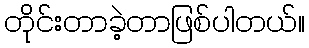
တိုင်းတာခဲ့တာဖြစ်ပါတယ်။